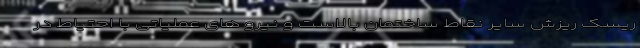
ریسک ریزش سایر نقاط ساختمان بالاست و نیرو های عملیاتی با احتیاط در